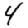
Digit: 4